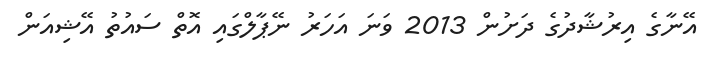
އޭނާގެ އިރުޝާދުގެ ދަށުން 2013 ވަނަ އަހަރު ނޭޕާލްގައި އޮތް ސައުތު އޭޝިއަން